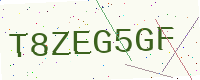
Text: T8ZEG5GF